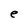
Character: e